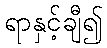
ရာနှင့်ချီ၍